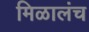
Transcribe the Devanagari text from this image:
मिळालंच